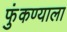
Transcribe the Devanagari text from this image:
फुंकण्याला